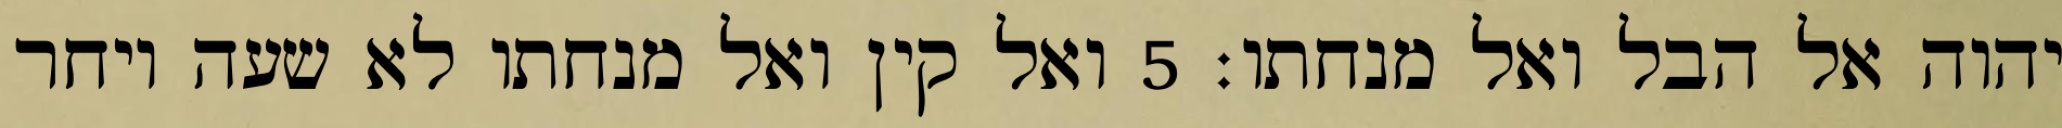
יהוה אל הבל ואל מנחתו׃ ‎5‏ ואל קין ואל מנחתו לא שעה ויחר